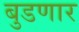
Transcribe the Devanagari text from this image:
बुडणार